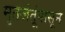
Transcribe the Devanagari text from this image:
मृतजंतूंपासून